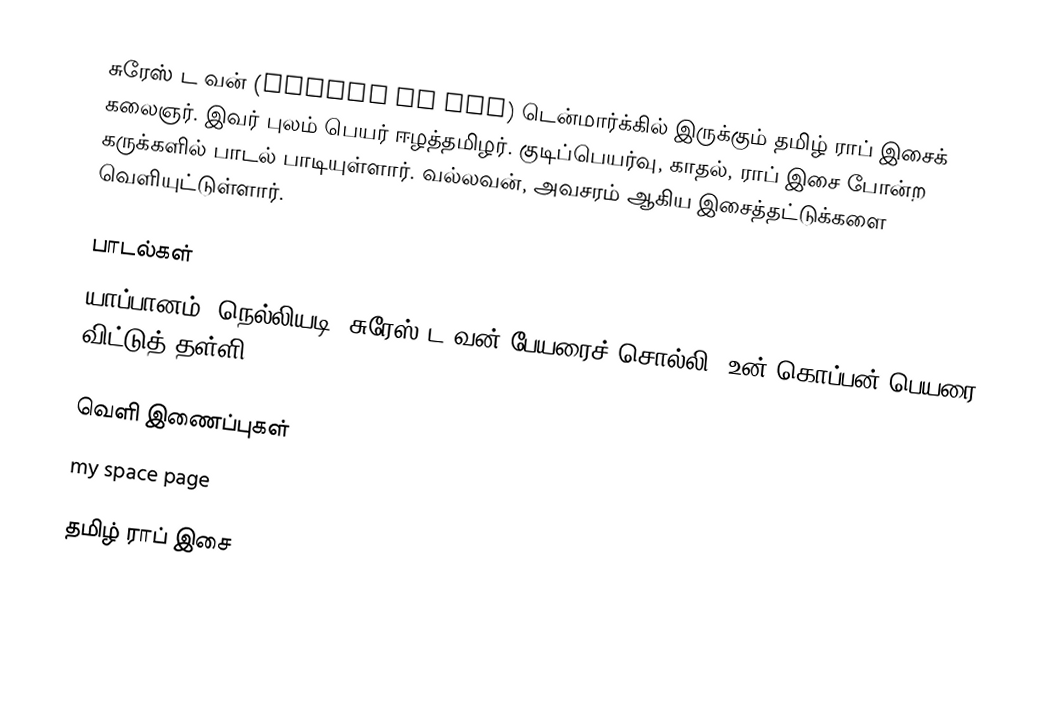
சுரேஸ் ட வன் (Suresh da wun) டென்மார்க்கில் இருக்கும் தமிழ் ராப் இசைக் கலைஞர்.  இவர் புலம் பெயர் ஈழத்தமிழர்.  குடிப்பெயர்வு, காதல், ராப் இசை போன்ற கருக்களில் பாடல் பாடியுள்ளார்.  வல்லவன், அவசரம் ஆகிய இசைத்தட்டுக்களை வெளியுட்டுள்ளார்.

பாடல்கள்
 யாப்பானம், நெல்லியடி, சுரேஸ் ட வன் பேயரைச் சொல்லி, உன் கொப்பன் பெயரை விட்டுத் தள்ளி

வெளி இணைப்புகள்
 my space page

தமிழ் ராப் இசை